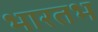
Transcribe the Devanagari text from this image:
भारतभ